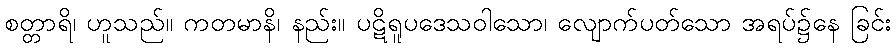
စတ္တာရိ၊ ဟူသည်။ ကတမာနိ၊ နည်း။ ပဋိရူပဒေသဝါသော၊ လျောက်ပတ်သော အရပ်၌နေ ခြင်း